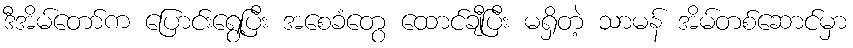
ဒီအိမ်တော်က ပြောင်းရွေ့ပြီး အစေခံတွေ ထောင်ချီပြီး မရှိတဲ့ သာမန် အိမ်တစ်ဆောင်မှာ